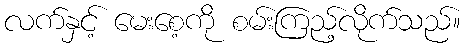
လက်နှင့် မေးစေ့ကို စမ်းကြည့်လိုက်သည်။